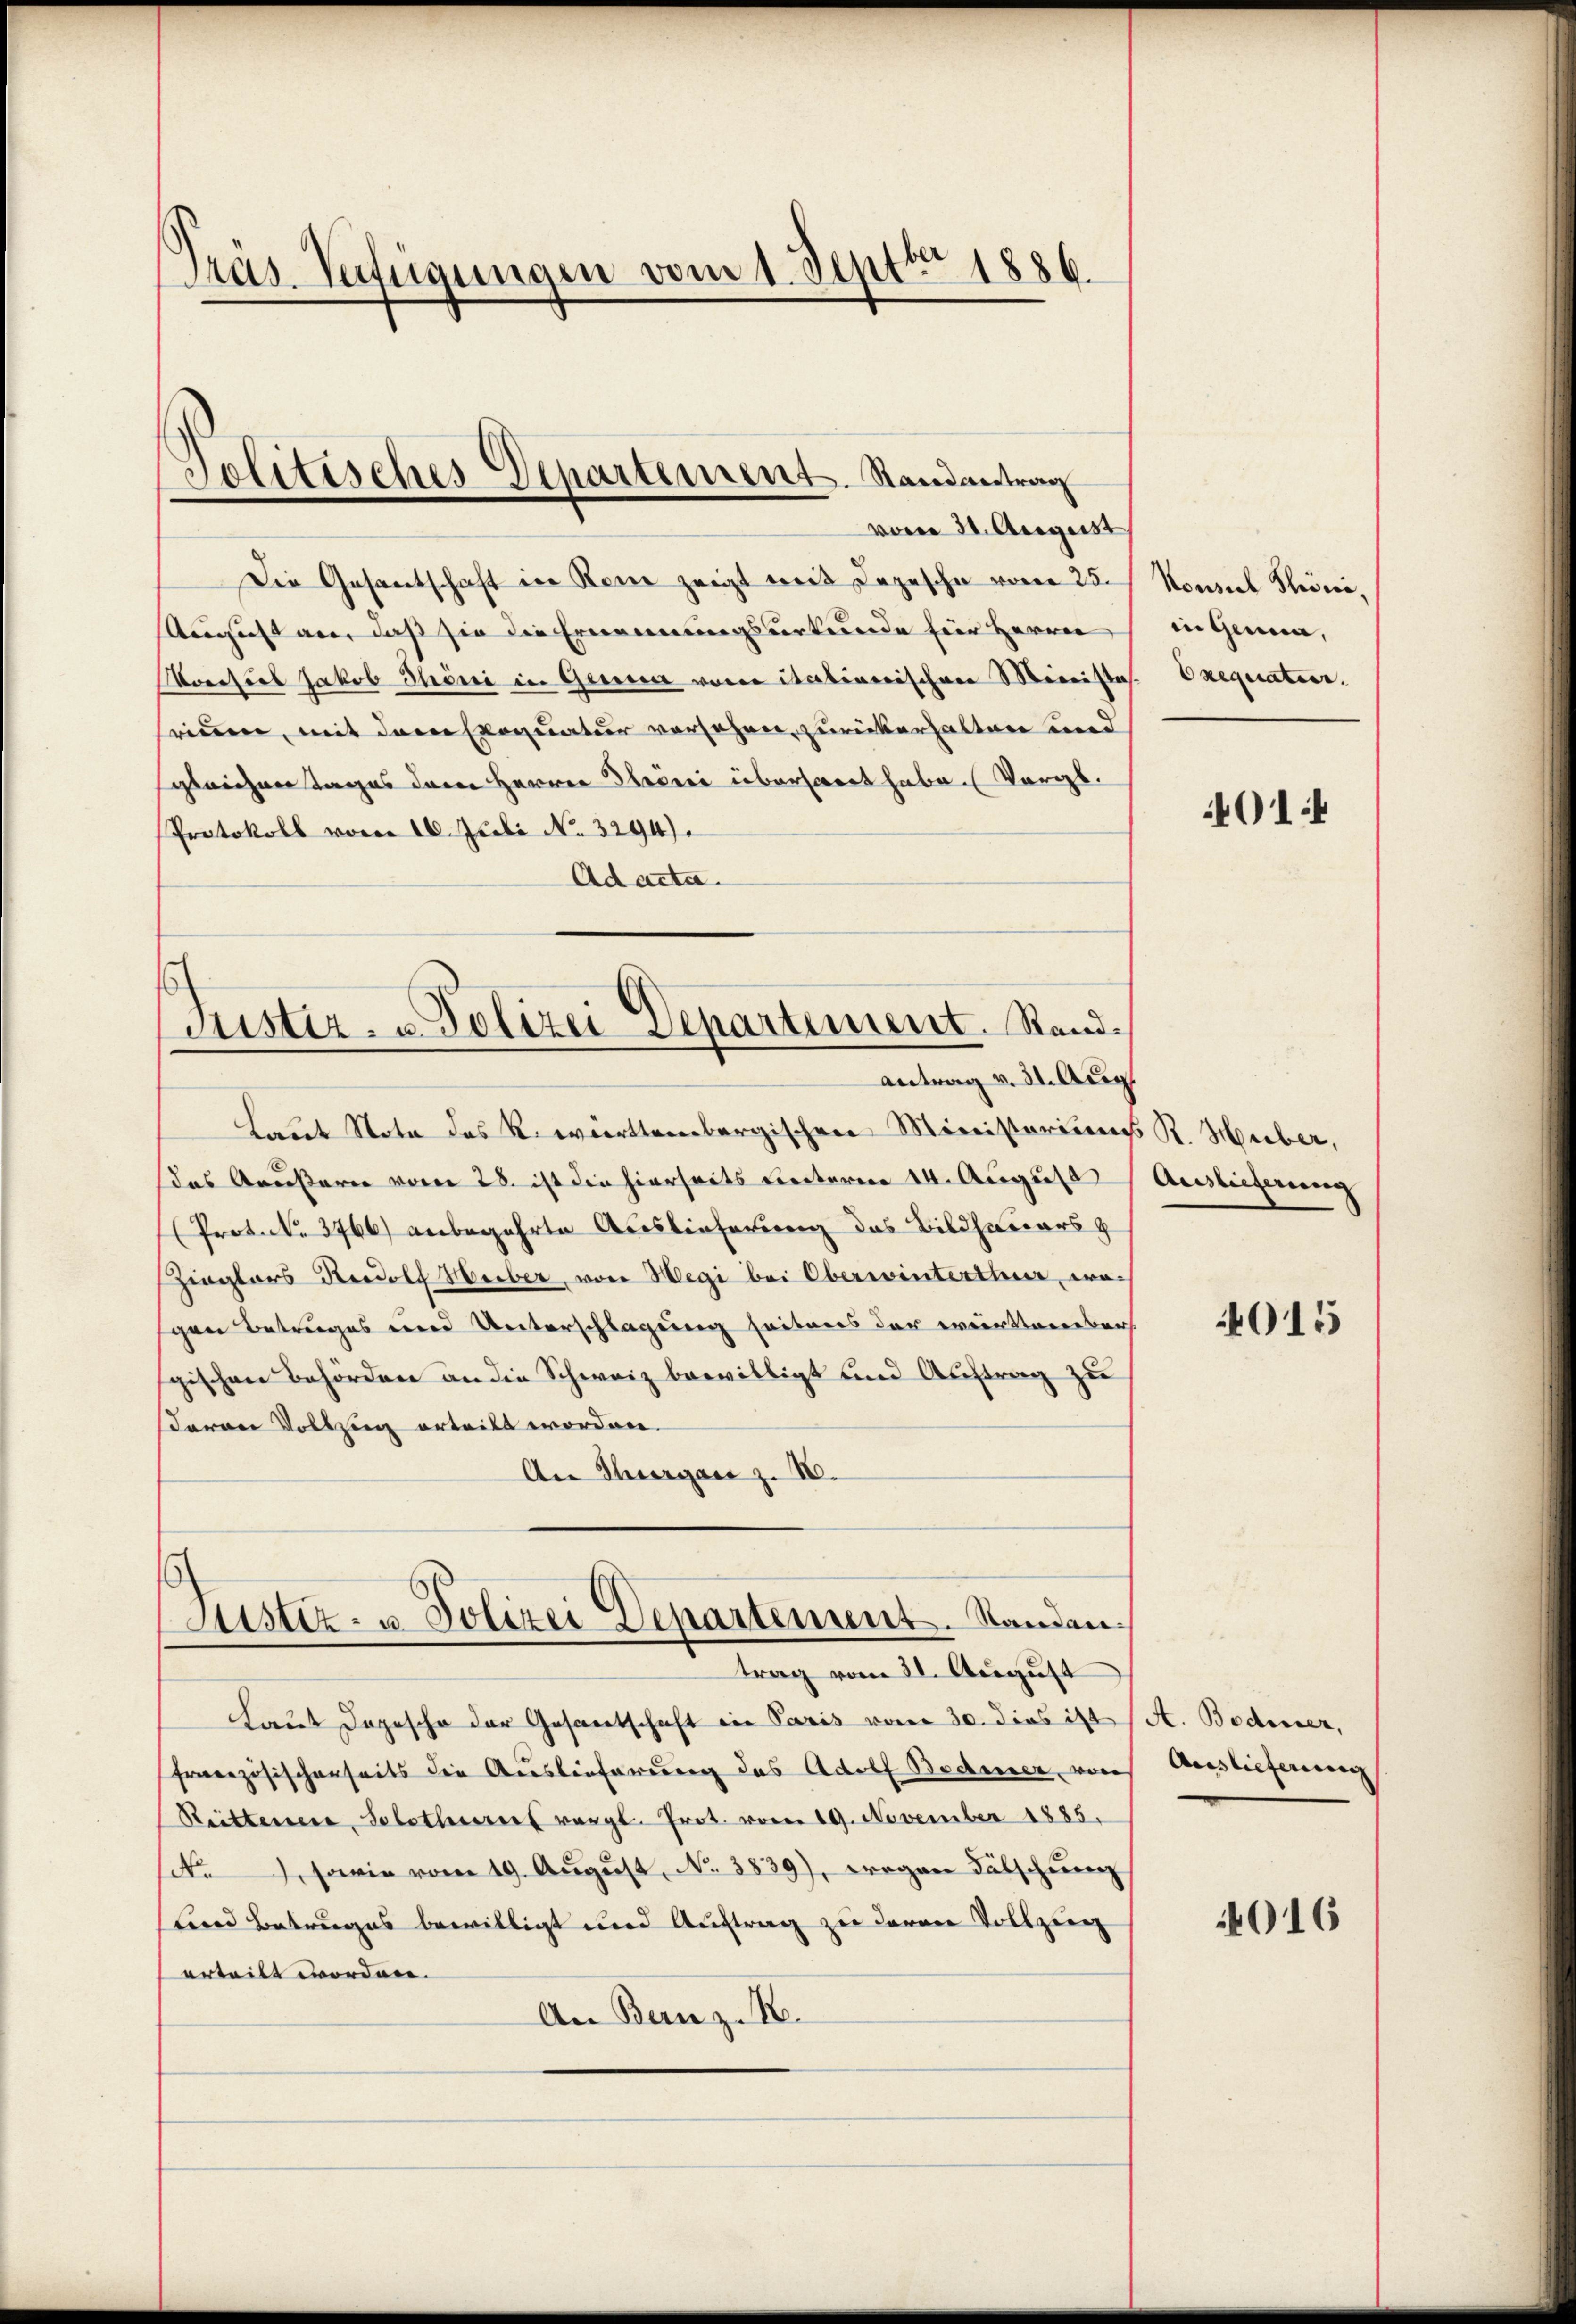
räs. Verfügungen vom 1. Septbr 1886.

Die Gesantschaft in Rein zeigt mit Depesche vom 25.
August an, daß sie die Ernennungsurkunde für Herrn
Koesieb Jakob Phöni in Genua von italinerischen Ministes.
rinnen, mit dem Exequatur vorsehen, zurückerhalten und
gleichen Tages deren Herren Throni überharrt habe. (Vergl.
Protokoll vom 10. Juli No. 3294)
Ad acta.

Tolitisches Departement. Randantrag
vom 31. August

s
Justiz- u Polizei Departement. Sandantrag v. 31. Aug.

Laut Nota das Revierttembergischen Ministeriums R. Huber,
das Aeußern vom 28. ist die hierseits Leiteren 14. August
(Prot. N. 3766) anbegehrte Auslieferung des Bildhauers g
Zieglers Rudolf Heiber, von Wegi bei Oberwinterthur, wo-
gen Betruges und Unterschlagung seitens der wirktenreben
gischen Behörden an die Schweiz bewilligt und Auftrag zu
aron Vollzug erteilt worden.
An Thurgane z. IV.

Justiz- u. Polizei Departement. Standen.
trag vom 31. August

Laut Depesche der Gesandtschaft in Paris vom 30. dies ist A. Bodmer,
Frneezösischenseits die Auslieferung des Adolf Bodmer, von
Reittener, Solothurer vergl. Prot. vom 19. November 1885.
sce, sowie vom 19. August, No. 3839), wogen Fälschung
Lind Betruges bewilligt und Auftrag zu deren Vollzie
erteilt worden.
An Bern z. B.

Konsul Sini,
in Genua,
Orequatier.

401 f

Auslieferung

4015

Auslieferung

4016